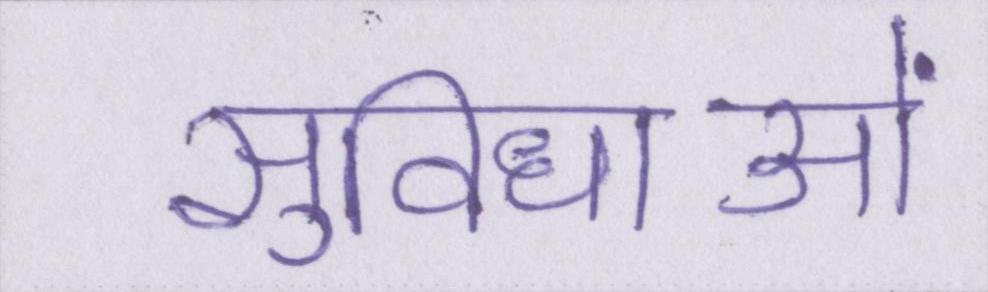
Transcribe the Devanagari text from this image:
सुविधाओं